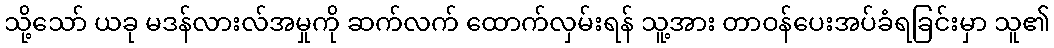
သို့သော် ယခု မဒန်လားလ်အမှုကို ဆက်လက် ထောက်လှမ်းရန် သူ့အား တာဝန်ပေးအပ်ခံရခြင်းမှာ သူ၏